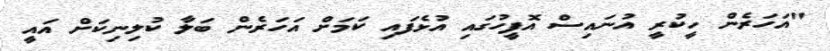
"އަހަރެން ހީކުރީ އުނައިސް އޮފީހުގައި އުޅެފައި ކަމަށް އަހަރެން ބަލާ ކުލިނިކަށް އައީ